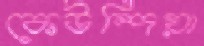
কেউন্দিয়া